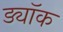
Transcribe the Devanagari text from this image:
ड्यॉक